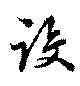
設